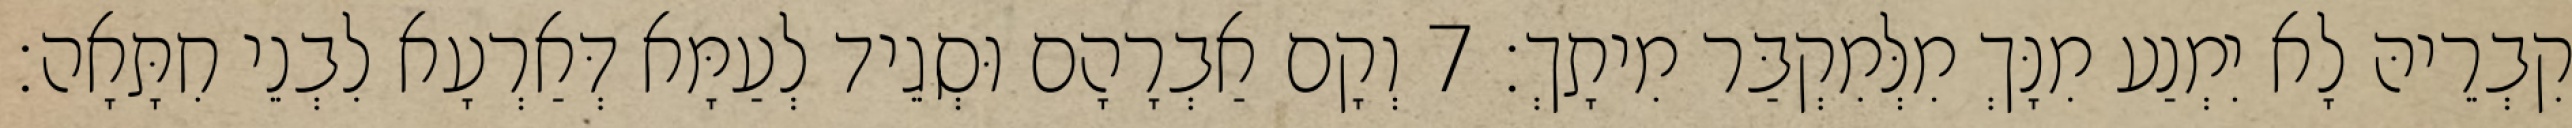
קִבְרֵיהּ לָא יִמְנַע מִנָּךְ מִלְּמִקְבַּר מִיתָךְ׃ 7 וְקָם אַבְרָהָם וּסְגֵיד לְעַמָּא דְּאַרְעָא לִבְנֵי חִתָּאָה׃